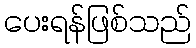
ပေးရန်ဖြစ်သည်